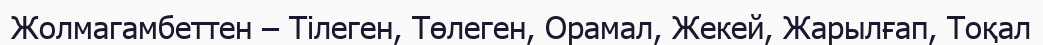
Жолмагамбеттен – Тілеген, Төлеген, Орамал, Жекей, Жарылғап, Тоқал